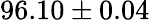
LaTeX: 96.10\pm 0.04